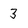
Character: 3